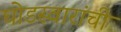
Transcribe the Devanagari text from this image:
घोडस्वारांची